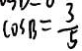
\cos B = \frac { 3 } { 5 }